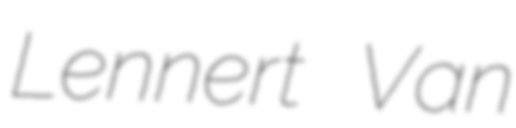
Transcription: Lennert Van